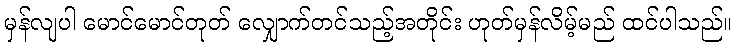
မှန်လျပါ မောင်မောင်တုတ် လျှောက်တင်သည့်အတိုင်း ဟုတ်မှန်လိမ့်မည် ထင်ပါသည်။